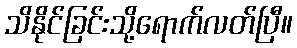
သိနိုင်ခြင်းသို့ရောက်လတ်ပြီ။